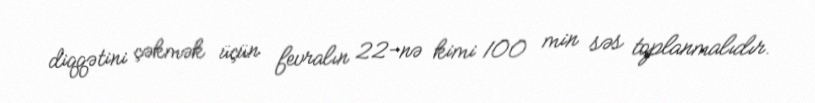
diqqətini çəkmək üçün fevralın 22-nə kimi 100 min səs toplanmalıdır.